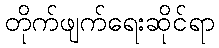
တိုက်ဖျက်ရေးဆိုင်ရာ